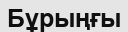
Бұрыңғы